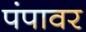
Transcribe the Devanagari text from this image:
पंपावर